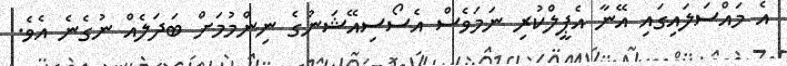
އެ މައްސަލައިގައި އޭނާ އެޕީލްކުރި ނަމަވެސް އެސޯސިއޭޝަނުގެ ނިންމުމަށް ބަދަލެއް ނުގެނެ އެވެ.